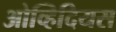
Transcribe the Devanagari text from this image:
ओव्हिदियस